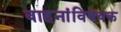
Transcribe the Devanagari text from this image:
वाहनांविषयक